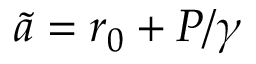
\tilde { a } = r _ { 0 } + P / \gamma